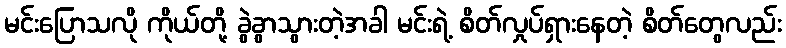
မင်းပြောသလို ကိုယ်တို့ ခွဲခွာသွားတဲ့အခါ မင်းရဲ့ စိတ်လှုပ်ရှားနေတဲ့ စိတ်တွေလည်း